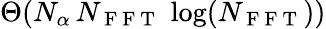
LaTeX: \Theta(N_{\alpha}\, N_{\mathrm{~F~F~T~}}\, \log(N_{\mathrm{~F~F~T~}}))